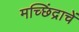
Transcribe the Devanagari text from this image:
मच्छिंद्राचें